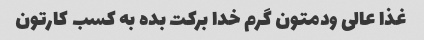
غذا عالی ودمتون گرم خدا برکت بده به کسب کارتون